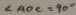
\angle A O C = 9 0 ^ { \circ }